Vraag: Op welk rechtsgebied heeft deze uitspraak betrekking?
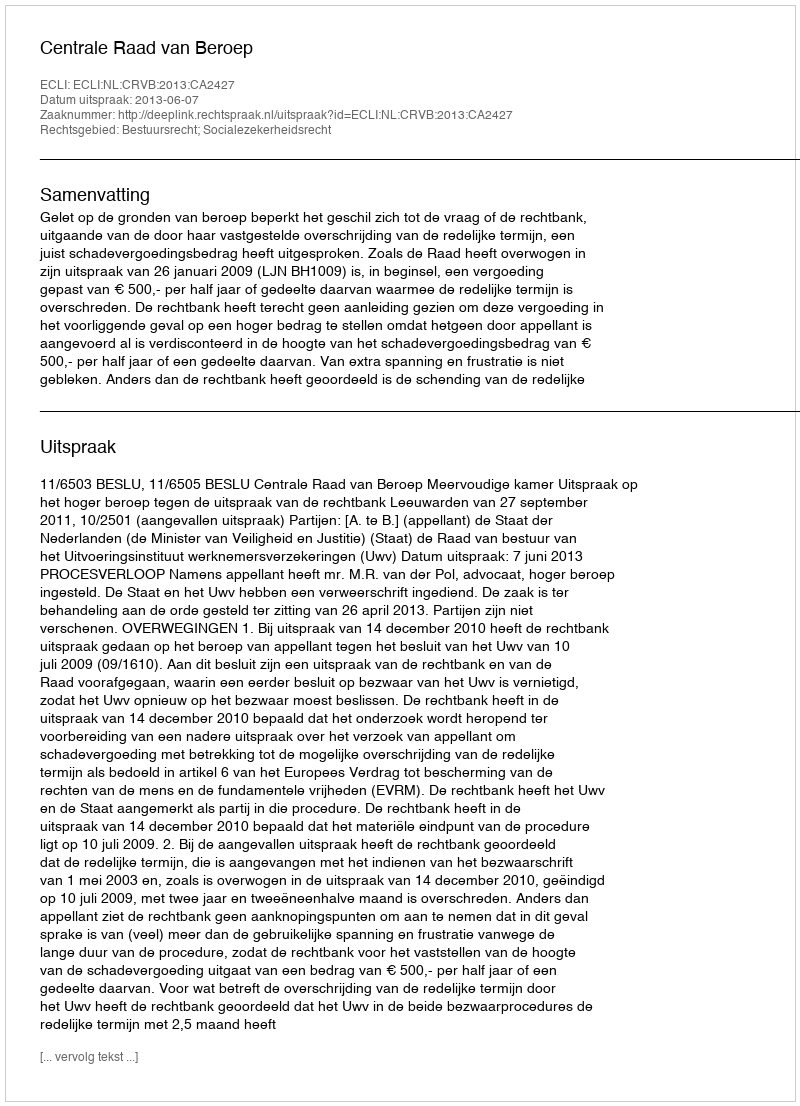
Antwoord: Bestuursrecht; Socialezekerheidsrecht